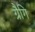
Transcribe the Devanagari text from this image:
ग्रैगि